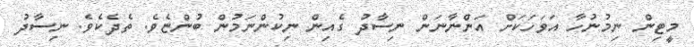
މީޓިން ނިމުނުހާ އަވަހަކަށް އަންނާނަން ނިސާދު ގެއިން ނިކުންނަމުން ބުންޏެވެ. ތެދެކެވެ. ނިސާދު